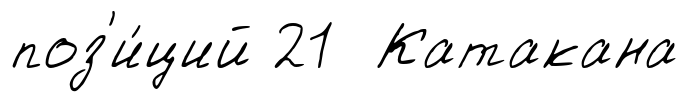
поз'и́ций 21 Катакана